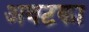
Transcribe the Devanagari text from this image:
अवटका